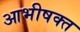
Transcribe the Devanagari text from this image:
आभीषक्त